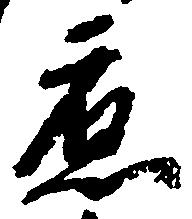
応